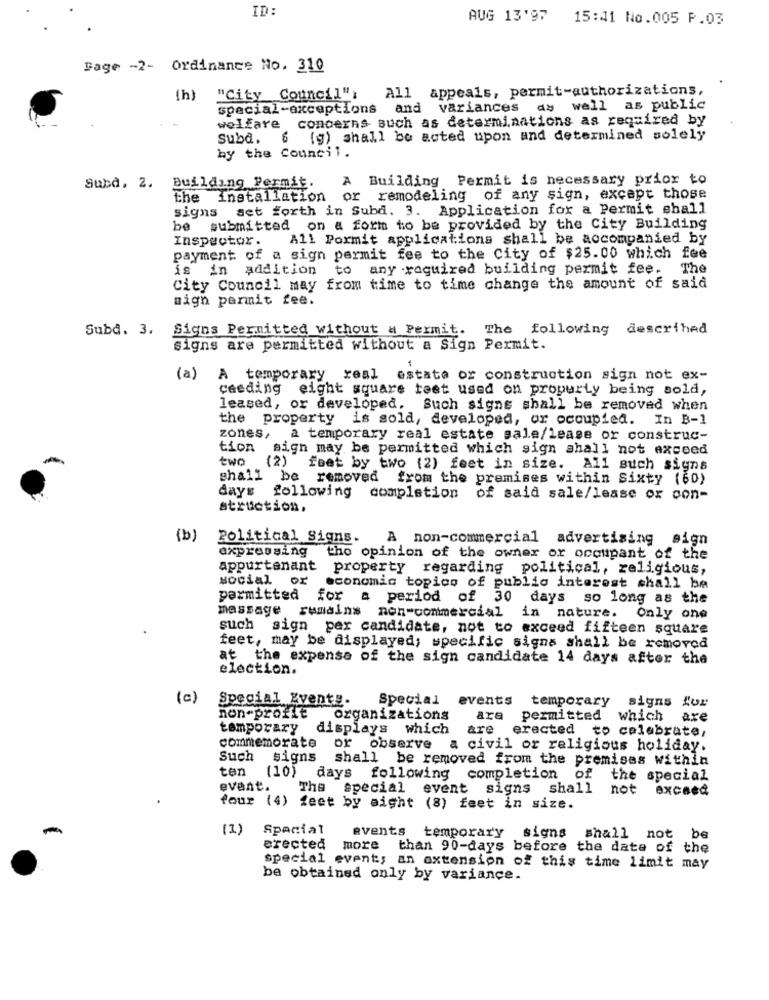
ID:
AUG 13'97 15:41 No.005 P.03
Bage -2- Ordinance No. 310
All appeals, permit-authorizations,
(h)
"City Council";
special-exceptions and variances as well as public
welfare concerns such as determinations as required by
Subd. 6 (g) shall be acted upon and determined solely
by the Council.
A Building Permit is necessary prior to
Subd. 2. Building Permit.
the installation or remodeling of any sign, except those
signs set forth in Subd. 3. Application for a Permit shall
be submitted on a form to be provided by the City Building
Inspector.
All Pormit applications shall be accompanied by
payment of a sign permit fee to the City of $25.00 which fee
is
in addition to any required building permit fee. The
City Council may from time to time change the amount of said
mign permit fee.
Subd. 3.
Signs Permitted without a Permit. The following
descrihed
signs are permitted without a Sign Permit.
(a) A temporary real estate or construction sign not ex-
ceeding eight square test used on property being sold,
leased, or developed. Such signs shall be removed when
the property is sold, developed, or occupied. In B-1
zones, a temporary real estate sale/lease or construc-
tion sign may be permitted which sign shall not exceed
two
(2) feet by two (2) feet in size. All such signs
shall be removed from the premises within Sixty (60)
days following completion
of said sale/lease ox con-
struction.
(b)
Political Signs.
A non-commercial advertising sign
expressing
tho opinion of the owner or occupant of the
appurtenant property regarding political, religious,
social or
economic topics of public interest shall be
parmitted for a period of 30 days so long as the
massage remains non-commercial in nature.
Only one
such sign per candidate, not to exceed fifteen square
feet, may be displayed; specific signs shall be removed
at the expense of the sign candidate 14 days after the
election.
(c)
Special Events.
Special
events
temporary
signs Sur
non-profit organizations
are
permitted which
are
temporary
displays which
are
erected to celebrate,
commemorate
or observe
a civil or religious holiday.
Such signs
shall be removed from the premises within
ten
(10)
days following completion of the special
evant.
The special event
signs shall
not
excBeQ
four (4) feet by sight (8) feet in size.
(1)
Special
events temporary signs shall not be
erected
more
than 90-days before the date of the
special event; an extension of this time limit may
be obtained only by variance.